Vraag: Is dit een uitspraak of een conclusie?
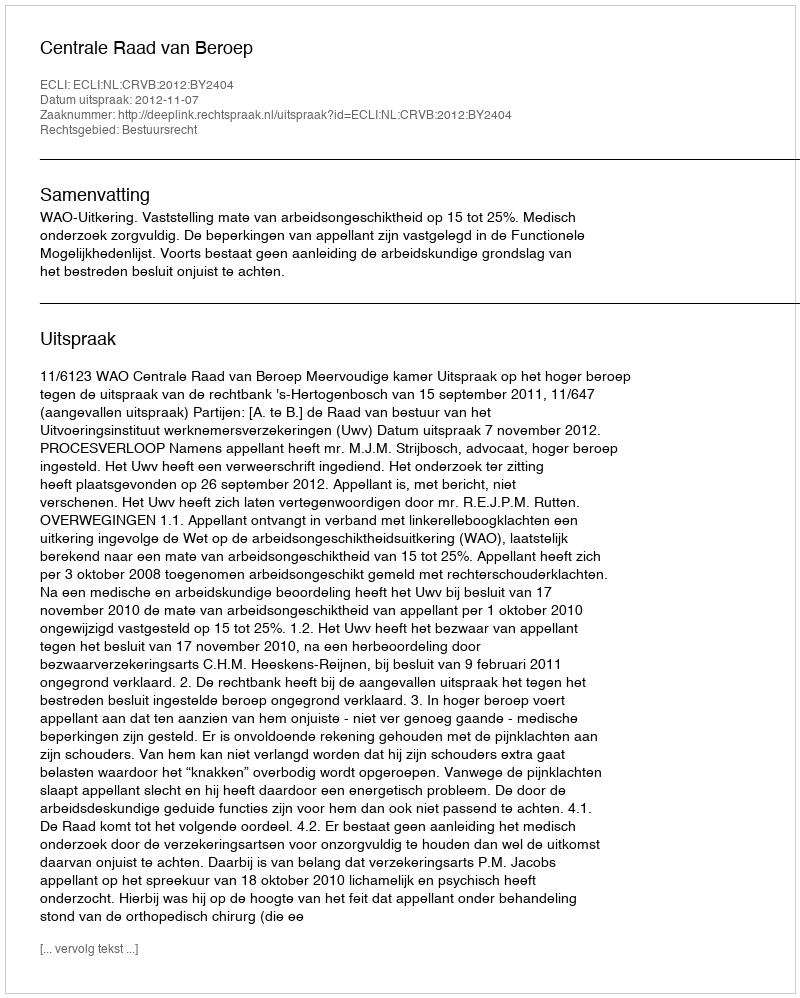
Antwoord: Uitspraak